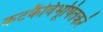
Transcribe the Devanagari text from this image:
कटकैर्विभूषितकरं